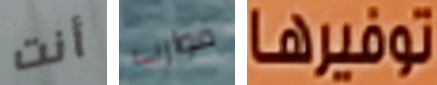
أنت قوارب توفيرها